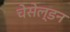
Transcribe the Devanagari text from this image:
चेसेल्डन